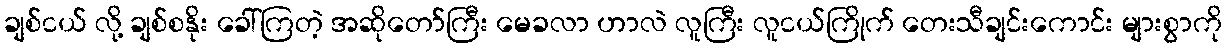
ချစ်ငယ် လို့ ချစ်စနိုး ခေါ်ကြတဲ့ အဆိုတော်ကြီး မေခလာ ဟာလဲ လူကြီး လူငယ်ကြိုက် တေးသီချင်းကောင်း များစွာကို